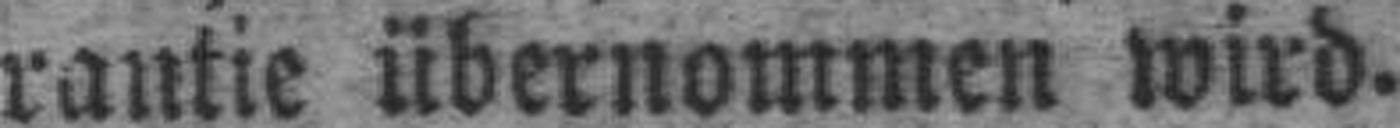
rantie übernommen wird.